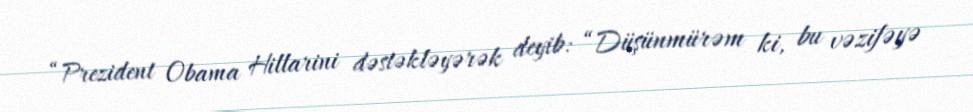
“Prezident Obama Hillarini dəstəkləyərək deyib: “Düşünmürəm ki, bu vəzifəyə